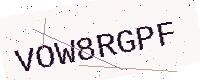
Text: VOW8RGPF